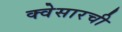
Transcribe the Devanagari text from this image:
क्वेसारची